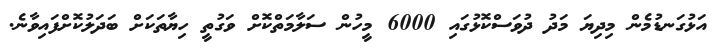
އަޅުގަނޑުމެން މިދިޔަ މަދު ދުވަސްކޮޅުގައި 6000 މީހުން ސަލާމަތްކޮށް ވަގުތީ ހިޔާތަކަށް ބަދަލުކޮށްފައިވާނެ.